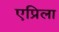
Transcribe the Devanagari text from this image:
एप्रिला